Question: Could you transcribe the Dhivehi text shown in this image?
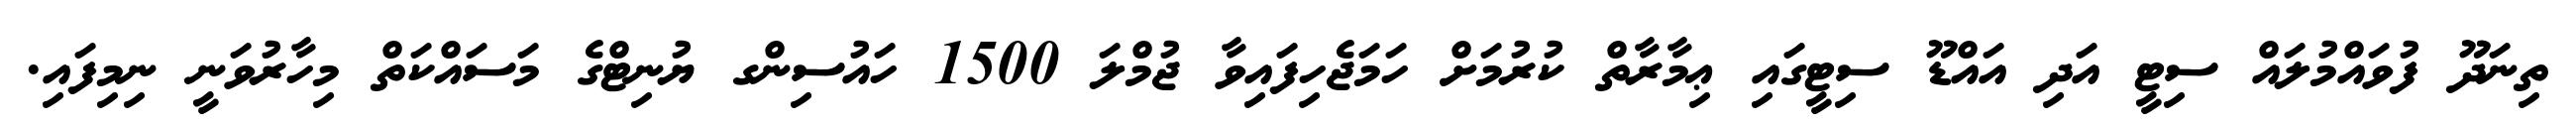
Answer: ތިނަދޫ ފުވައްމުލައް ސިޓީ އަދި އައްޑޫ ސިޓީގައި ޢިމާރާތް ކުރުމަށް ހަމަޖެހިފައިވާ ޖުމްލަ 1500 ހައުސިންގ ޔުނިޓްގެ މަސައްކަތް މިހާރުވަނީ ނިމިފައި.